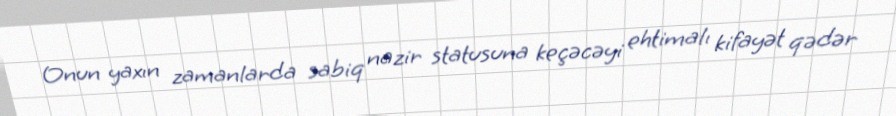
Onun yaxın zamanlarda sabiq nazir statusuna keçəcəyi ehtimalı kifayət qədər